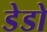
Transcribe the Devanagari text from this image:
डेडो